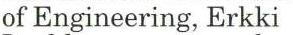
of Engineering, Erkki